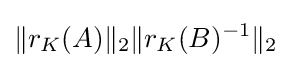
\|r_{K}(A)\|_{2}\|r_{K}(B)^{-1}\|_{2}